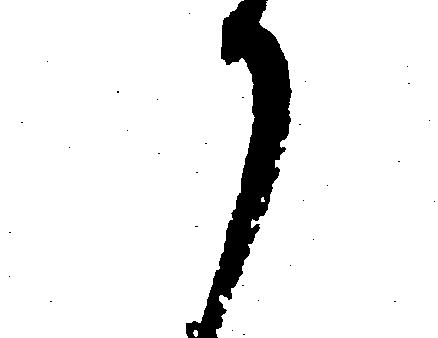
か